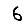
Digit: 6